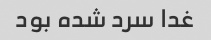
غدا سرد شده بود